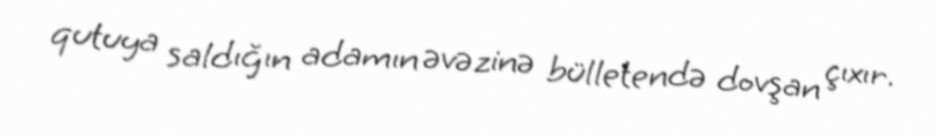
qutuya saldığın adamın əvəzinə bülletendə dovşan çıxır.